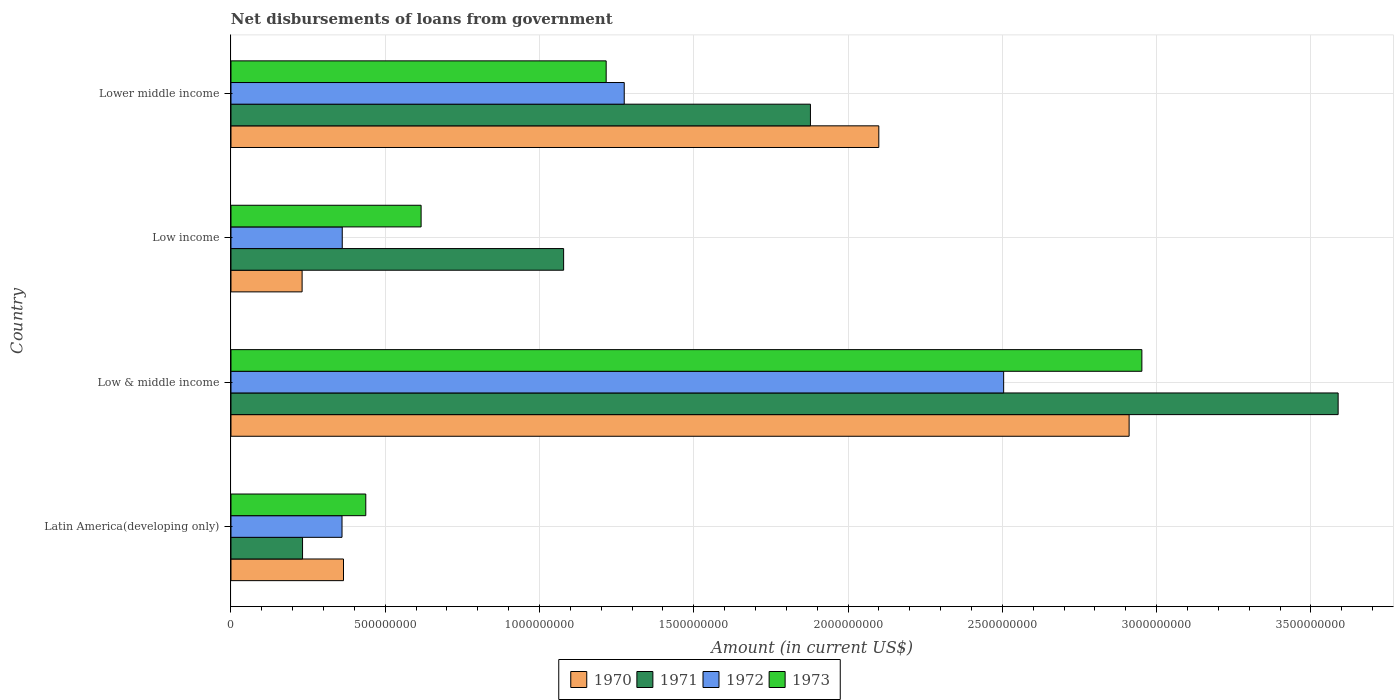
| Country | 1970 | 1971 | 1972 | 1973 |
 | --- | --- | --- | --- | --- |
 | Latin America(developing only) | 3.65e+08 | 2.32e+08 | 3.6e+08 | 4.37e+08 |
 | Low & middle income | 2.91e+09 | 3.59e+09 | 2.5e+09 | 2.95e+09 |
 | Low income | 2.31e+08 | 1.08e+09 | 3.61e+08 | 6.16e+08 |
 | Lower middle income | 2.1e+09 | 1.88e+09 | 1.27e+09 | 1.22e+09 |